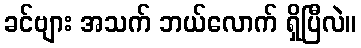
ခင်ဗျား အသက် ဘယ်လောက် ရှိပြီလဲ။